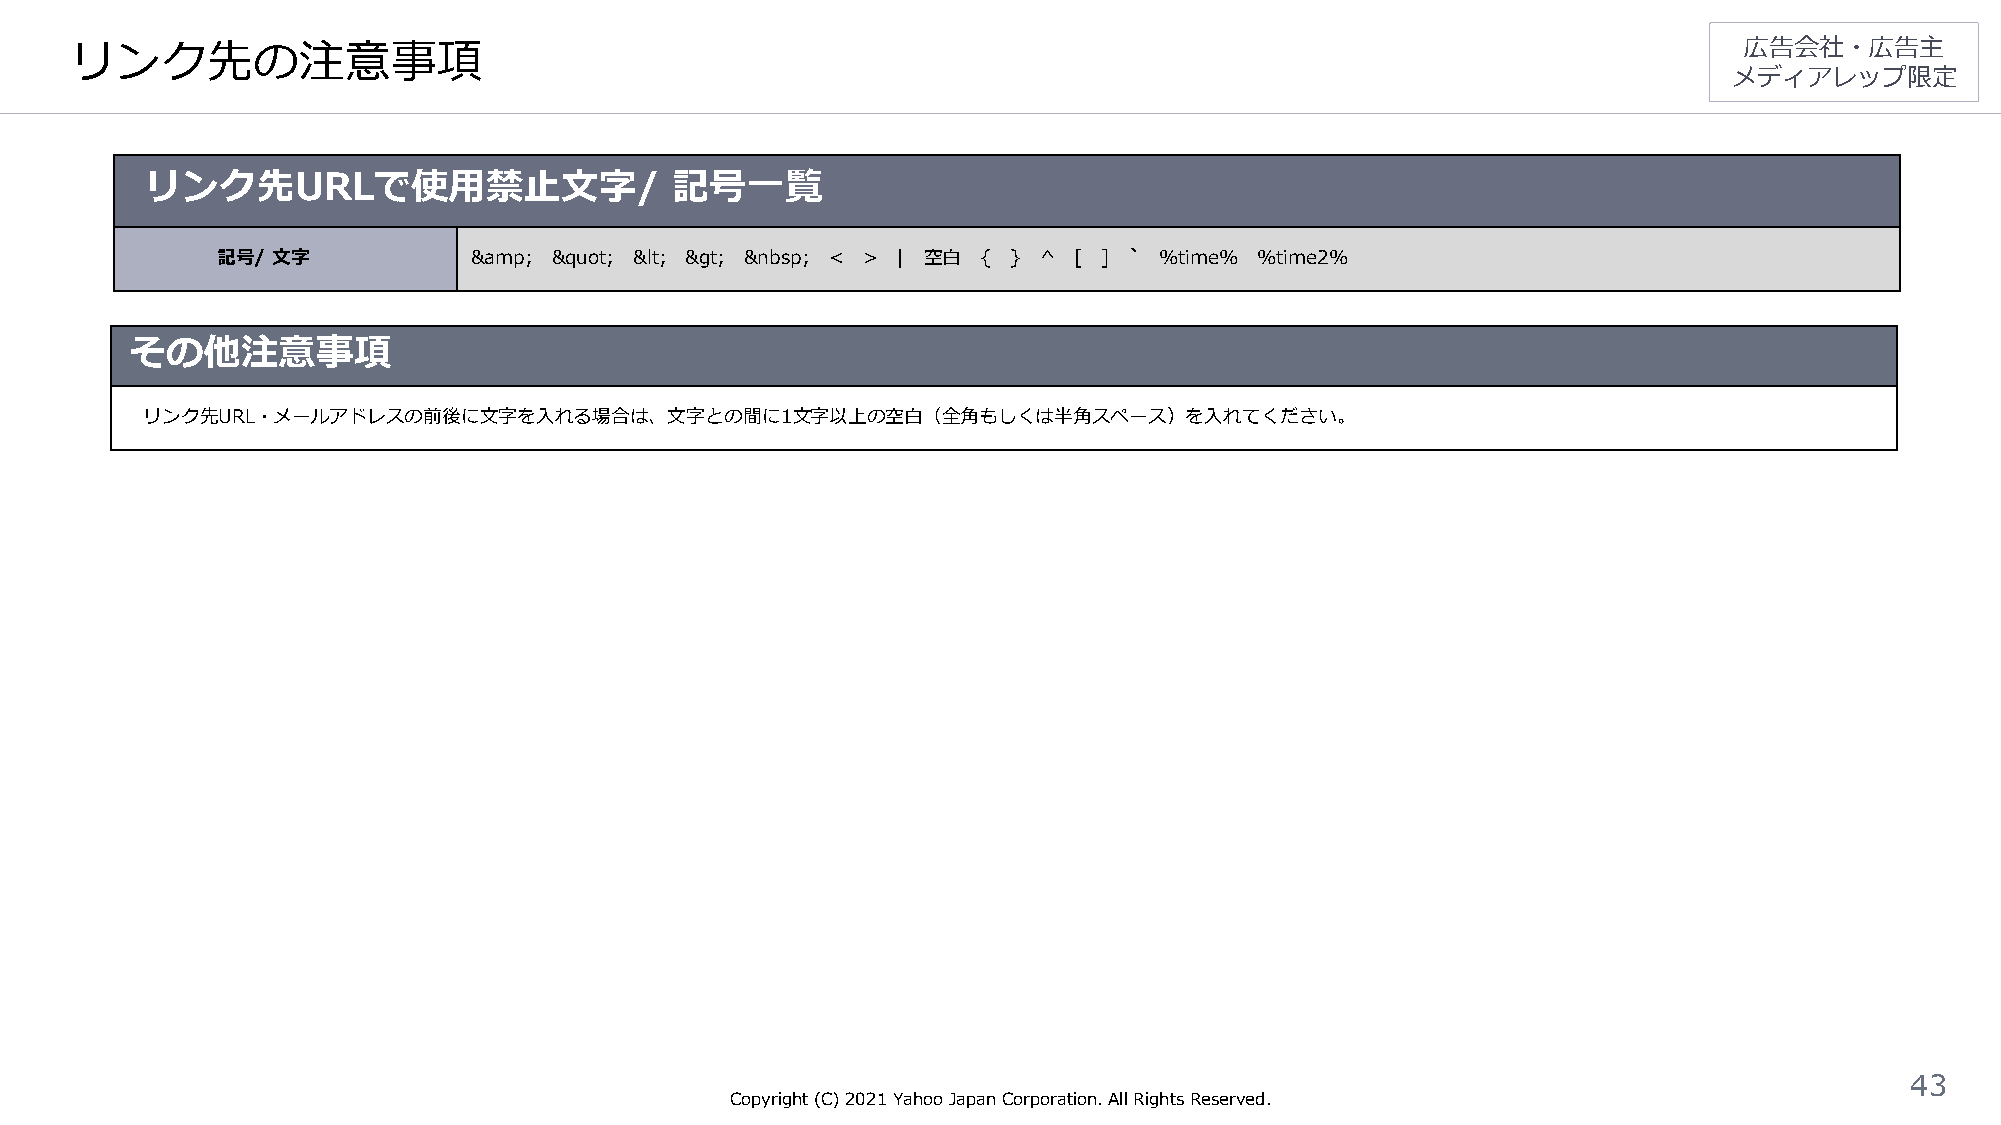
リンク先の注意事項                                                                                                     広告会社・広告主
 メディアレップ限定
 リンク先URLで使用禁止文字/                   記号一覧
 記号/ 文字           &amp; &quot; &lt; &gt; &nbsp; < > | 空白 { } ^ [ ] ` %time% %time2%
 その他注意事項
 リンク先URL・メールアドレスの前後に文字を入れる場合は、文字との間に1文字以上の空白（全角もしくは半角スペース）を入れてください。
 43
 Copyright (C)2021Yahoo Japan Corporation. All Rights Reserved.